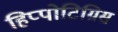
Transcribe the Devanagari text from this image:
हिप्पोटिग्रिस